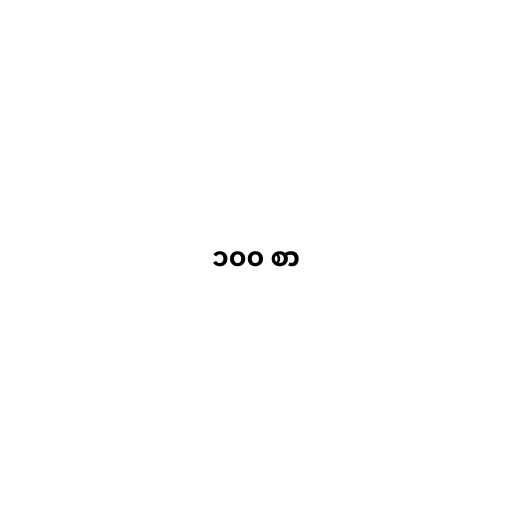
၁၀၀ စာ